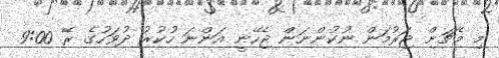
މި މެޗަށް ޖަރުމަން ނުކުންނަން ޖެހޭނީ އަންނަ ހުކުރު ދުވަހުގެ ރޭ 9:00